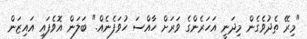
"މިރޭ ތެދުވެގެން މިދަނީ އަހަރެންގެ ވަރަށް ހާއްސަ ހުވަފެނެއް." ބަލަން އޮވެފައި އައިޒަން